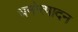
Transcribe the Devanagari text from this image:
धनोत्पादन